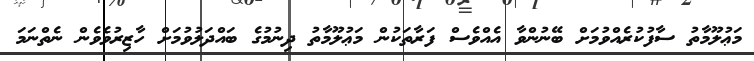
މަޢުލޫމާތު ސާފުކުރެއްވުމަށް ބޭނުންވާ އެއްވެސް ފަރާތަކުން މަޢުލޫމާތު ދިނުމުގެ ބައްދަލުވުމަށް ހާޒިރުވެވެން ނެތްނަމަ